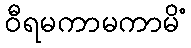
ဝီရမကာမကာမိံ